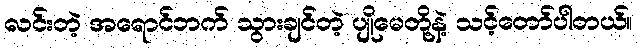
လင်းတဲ့ အရောင်ဘက် သွားချင်တဲ့ ပျိုမေတို့နဲ့ သင့်တော်ပါတယ်။